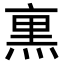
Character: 𭵜